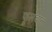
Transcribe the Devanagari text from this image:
फूलबान